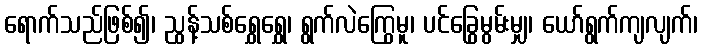
ရောက်သည်ဖြစ်၍၊ ညွန့်သစ်ရွှေရွှေ၊ ရွက်လဲကြွေမူ၊ ပင်ခြွေမွမ်းမျှ၊ ယော်ရွက်ကျလျက်၊